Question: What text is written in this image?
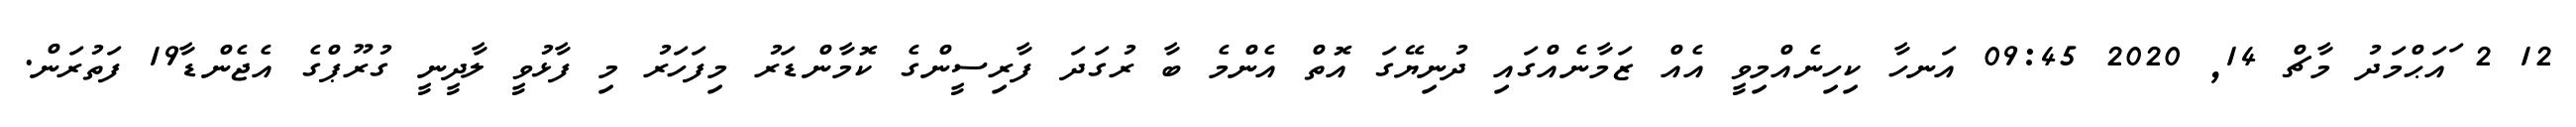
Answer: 12 2 ައަޙްމަދު މާޗް 14, 2020 09:45 އަނހާ ކިހިނެއްމިވީ އެއް ޒަމާނެއްގައި ދުނިޔޭގަ އޮތް އެންމެ ބާ ރުގަދަ ފާރިސީންގެ ކޮމާންޑަރު މިފަހަރު މި ފާޅުވީ ލާދީނީ ގުރޫޕްގެ އެޖެންޑާ19 ފަތުރަން.